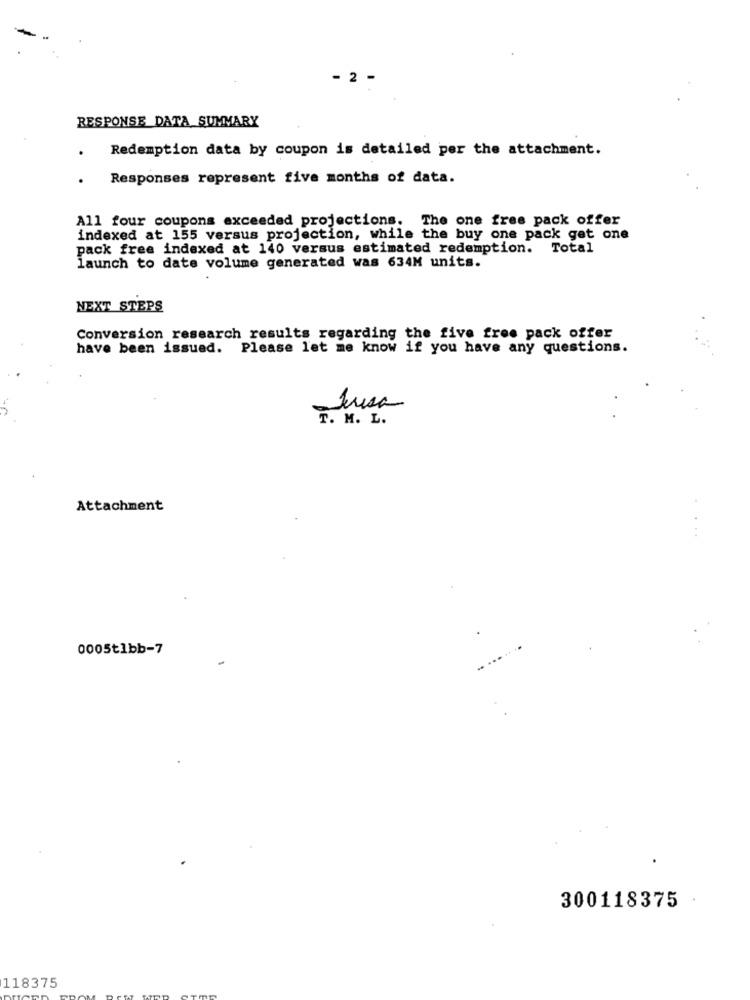
- 2 -
RESPONSE DATA SUMMARY
Redemption data by coupon is detailed per the attachment.
Responses represent five months of data.
All four coupons exceeded projections. The one free pack offer
indexed at 155 versus projection, while the buy one pack gat one
pack free indexed at 140 versus estimated redemption. Total
launch to date volume generated was 634M units.
NEXT STEPS
Conversion research results regarding the five free pack offer
have been issued. Please let me know if you have any questions.
Teresa
T. M. L.
Attachment
0005tlbb-7
. .......
300118375
118375